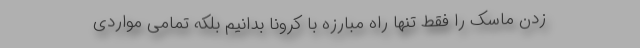
زدن ماسک را فقط تنها راه مبارزه با کرونا بدانیم بلکه تمامی مواردی